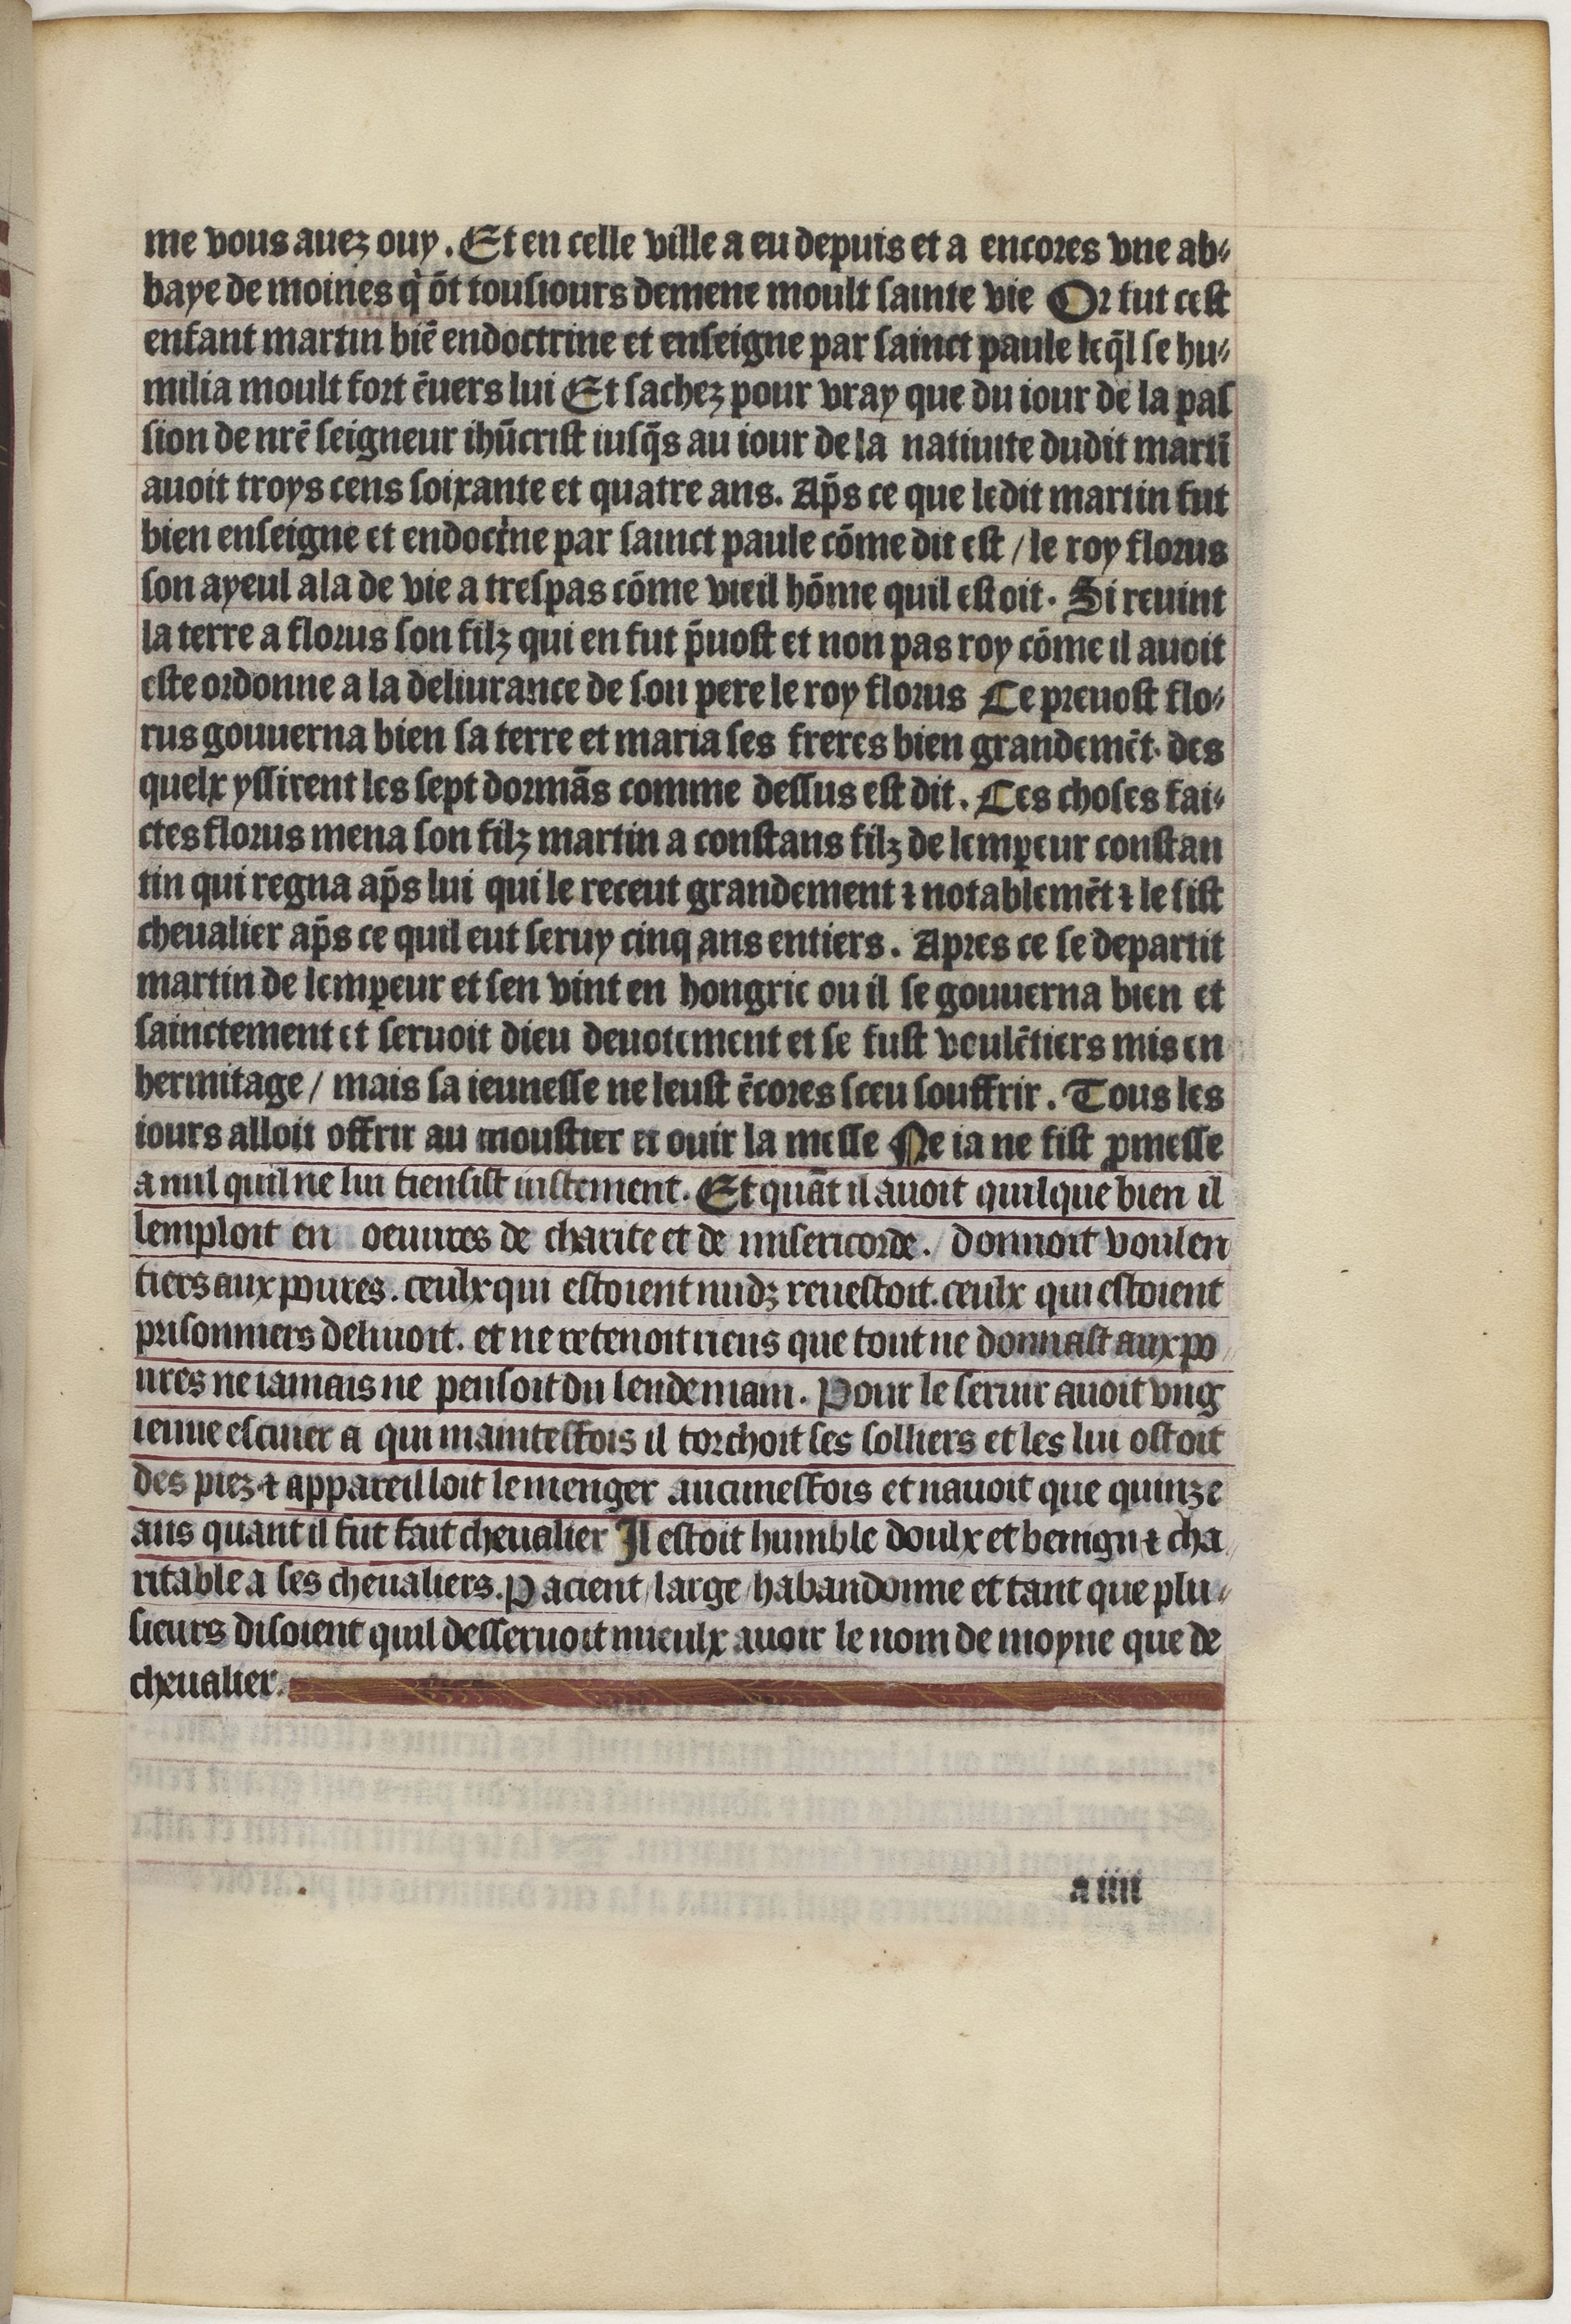
Shelfmark: Paris, BnF, Velins 1159
Century: 15